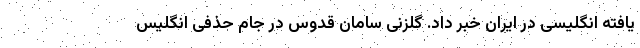
یافته انگلیسی در ایران خبر داد. گلزنی سامان قدوس در جام حذفی انگلیس